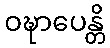
ဝဍ္ဎာပေန္တိ